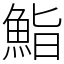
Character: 鮨